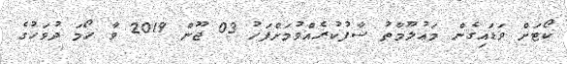
ކޯޓަށް ވަޑައިގެން މަޢުލޫމާތު ސާފުކުރެއްވުމަށްފަހު 03 ޖޫން 2019 ވާ ހޯމަ ދުވަހުގެ